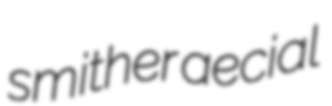
smither aecial